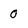
Character: 0